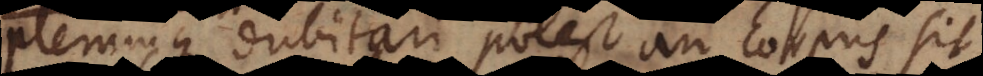
plerumque dubitari potest an corpus sit